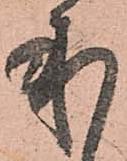
本